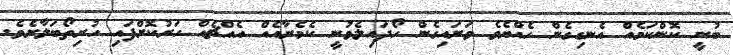
ބުނީ ކޮންކަމެއް އެނގިގެން ހެއްޔެވެ ވަށައިގެން ހޯދައިލެވުނީ ކެމެރާއެއް އެއްޗެއް ހަރުކޮށްފައި ހުރިތޯބަލާށެވެ.